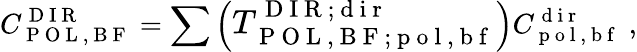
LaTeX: C_{\mathrm{~P~O~L~,~B~F~}}^{\mathrm{~D~I~R~}}=\sum\left(\large{T}_{\mathrm{~P~O~L~,~B~F~};\mathrm{~p~o~l~,~b~f~}}^{\mathrm{~D~I~R~};\mathrm{~d~i~r~}}\right)C_{\mathrm{~p~o~l~,~b~f~}}^{\mathrm{~d~i~r~}}\; ,